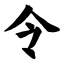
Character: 令